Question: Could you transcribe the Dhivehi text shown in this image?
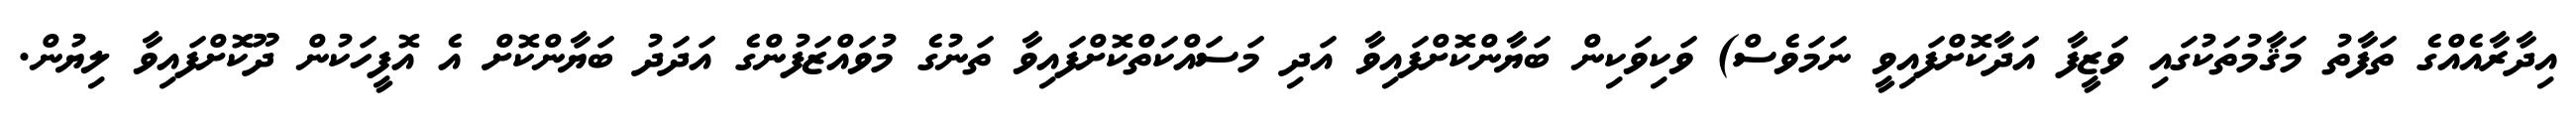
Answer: އިދާރާއެއްގެ ތަފާތު މަޤާމުތަކުގައި ވަޒީފާ އަދާކޮށްފައިވީ ނަމަވެސް) ވަކިވަކިން ބަޔާންކޮށްފައިވާ އަދި މަސައްކަތްކޮށްފައިވާ ތަނުގެ މުވައްޒަފުންގެ އަދަދު ބަޔާންކޮށް އެ އޮފީހަކުން ދޫކޮށްފައިވާ ލިޔުން.